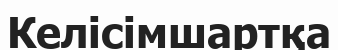
Келісімшартқа